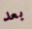
بعد